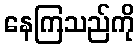
နေကြသည်ကို